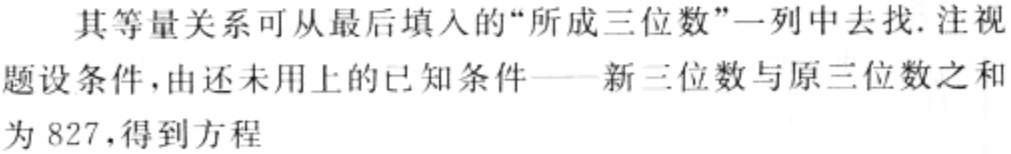
其等量关系可从最后填入的“所成三位数”一列中去找. 注视题设条件，由还未用上的已知条件——新三位数与原三位数之和为 827，得到方程